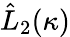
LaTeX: \hat{L}_{2}(\kappa)